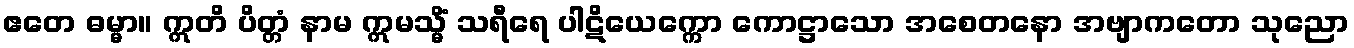
ဧတေ ဓမ္မာ။ ဣတိ ပိတ္တံ နာမ ဣမသ္မိံ သရီရေ ပါဋိယေက္ကော ကောဋ္ဌာသော အစေတနော အဗျာကတော သုညော